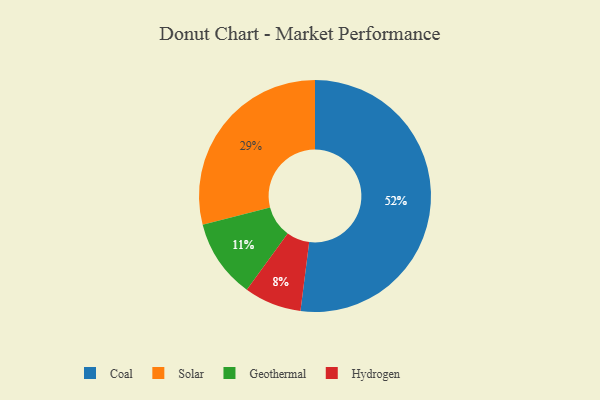
{"axis": {"x": "Category", "y": "Percentage"}, "legend": ["Coal", "Geothermal", "Hydrogen", "Solar"], "data": [{"x": "Coal", "y": 52, "type": "Coal"}, {"x": "Solar", "y": 29, "type": "Solar"}, {"x": "Hydrogen", "y": 8, "type": "Hydrogen"}, {"x": "Geothermal", "y": 11, "type": "Geothermal"}]}